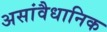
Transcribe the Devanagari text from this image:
असांवैधानिक